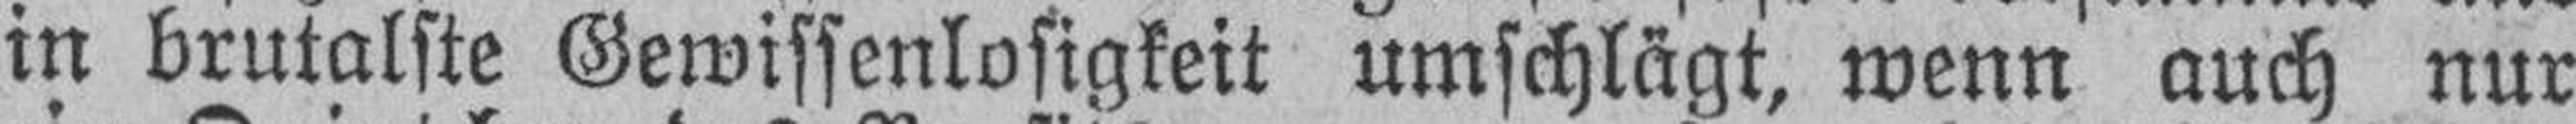
in brutalste Gewissenlosigkeit umschlägt, wenn auch nur